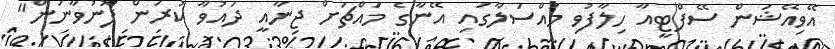
އޭވިއޭޝަން ސޭފްޓީއާ ހިލާފުވި މައްސަލާގައި އޭނާގެ މައްޗަށް ޖިނާއީ ދައުވާ ކުރަން ފޮނުވާނަން"